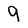
Character: 9